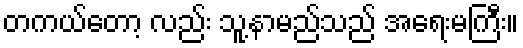
တကယ်တော့ လည်း သူ့နာမည်သည် အရေးမကြီး။